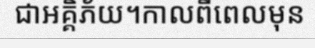
ជាអគ្គិភ័យ។កាលពីពេលមុន